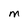
Character: m